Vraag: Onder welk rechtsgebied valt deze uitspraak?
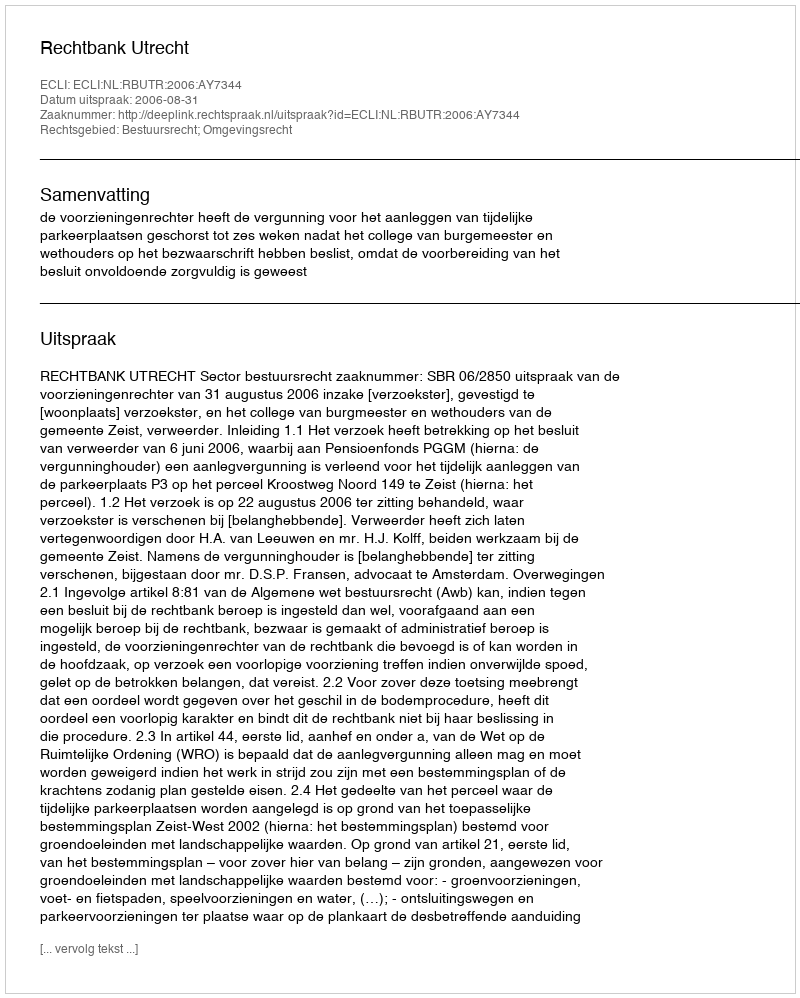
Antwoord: Bestuursrecht; Omgevingsrecht